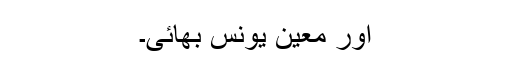
اور معین یونس بھائی۔